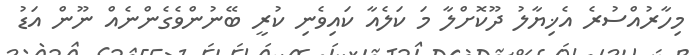
މިހާރުއްސުރެ އެޚިޔާލު ދޫކޮށްލާ މަ ކަލެއާ ކައިވެނި ކުރީ ބޭނުންވެގެންނެއް ނޫން އަޑު